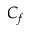
C _ { f }